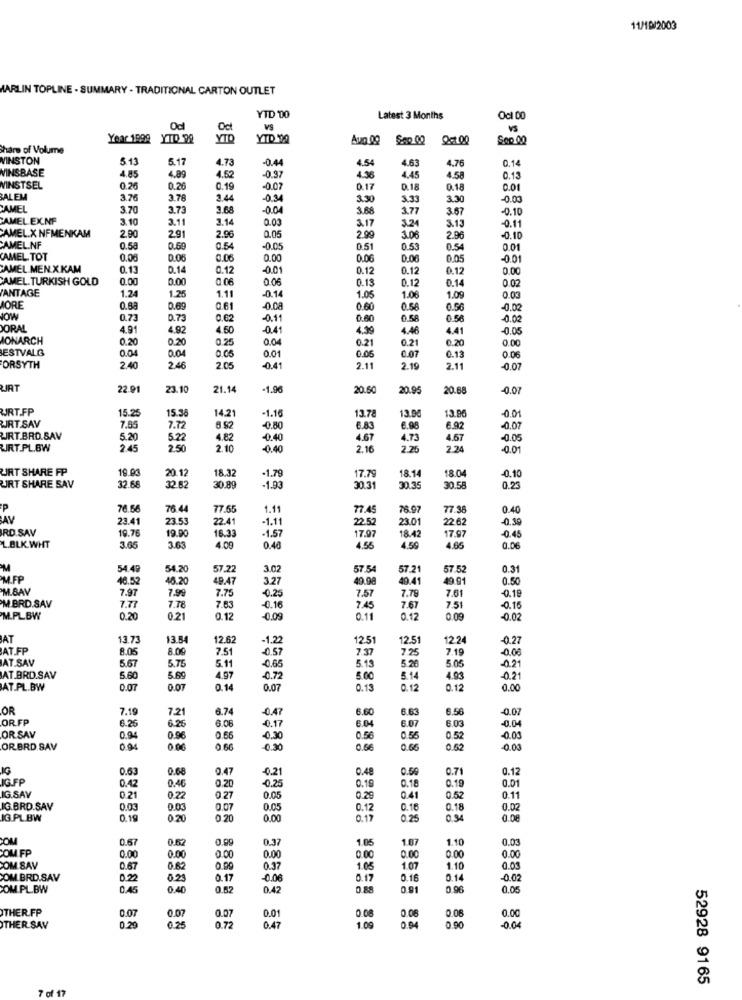
11/19/2003
MARLIN TOPLINE . SUMMARY . TRADITIONAL CARTON OUTLET
PO
YTD 00
Latest 3 Months
Oc1 00
Oct
VS
VS
Year 1999 YTD 92
YTD '90
Aug 00
Q=1 00
Sop 00
Share of Volume
WINSTON
3.13
5.17
4.73
-0.4
4.54
4.76
0.14
WINSBASE
4.85
4.89
4.52
4.63
-0.97
4.36
4.45
4.58
0.13
MINSTSEL
0.26
0.26
0.19
-0.07
0.17
D.18
0.18
0.01
BALEM
3.76
3.78
2.44
-0.34
3.30
3.33
3.30
-0.00
CAMEL
3.70
3.73
3.68
3.68
3.77
3.67
-0.10
CAMEL EXNF
3.10
3.11
3.14
0.03
3.13
-0.11
29
3.17
3.24
CAMEL.X NFMENKAM
2.90
2.96
0.05
2.99
3.06
2.96
-0.10
CAMEL.NF
0.58
0.59
0.54
0.05
0.51
0.53
0.54
001
CAMEL. TOT
0,06
0.06
0.06
0.00
0.06
0.06
0.05
-0.01
CAMEL.MEN.X.KAM
0.13
0.14
0.12
0.01
0.12
0.12
0.12
0.00
CAMEL. TURKISH GOLD
0.00
0.00
0.06
0.06
0.13
0.14
0.02
ANTAGE
0.12
1.24
1.25
1.11
-0.14
1.05
1.06
1.09
0.03
MORE
0.88
0.69
0.61
-0.08
0.60
0.58
0.56
-0.02
NOW
0.73
D.73
0.62
-0.11
0.60
0.58
0.56
0.02
ORAL
4.91
4.92
4.50
-0.41
4.39
4.46
4.41
-0.05
IONARCH
0.20
0.20
0.25
0.04
0.21
0.21
0.20
0.00
ESTVALG
0.04
0.04
0.05
0.01
0.05
0.07
0.13
0.06
FORSYTH
2.40
2.46
2.05
-0.41
2.11
2.19
2.11
-0.07
UIRT
22.91
23.10
21.14
-1.96
20.60
20.95
20.68
-0.07
RT.FP
15.25
15.38
14.21
-1.16
13.90
13.9
-0.01
13.78
RT.SAV
7.65
7.72
6.52
-0.80
6.83
6.98
6.92
-0.07
WIRT.BRO.SAV
5.20
5.22
4.82
-0.40
4.67
4.73
4.67
-0.05
URT.PL.BW
2.45
2.50
2.10
-0.40
2.16
2.25
2.24
-0.01
URT SHARE FP
18.32
18.14
18.0
19.03
20.12
-1.79
17.79
-0.10
URT SHARE SAV
32 68
32 82
30.89
-1.93
30.31
30.35
30.58
0.23
P
76.66
78 44
77.55
1.11
77.45
76.97
77.36
0.40
AV
23.41
23.53
22.41
-1.11
22.52
23.01
22 .62
-0.39
RD.SAV
19.76
19.90
17.97
-0.45
16.33
-1.57
17.97
18.42
L.BLK.WHT
3.65
3.63
4.09
0.48
4.55
4.59
4.65
0.06
54.49
54.20
57.22
3.02
57.54
57.21
57.5
0.31
M.FP
46.52
46.20
49.47
3.27
49.98
49.41
49.91
0.50
M.BAY
7.97
7.75
-0.25
7.57
7.61
7.99
7.78
-0.19
M.BRD.SAV
7.77
7.78
7.63
-0.16
7.45
7.67
7.51
-0.15
M.PL.BW
0.20
0.21
0.12
-0.09
0.11
0.12
0.09
-0.02
AT
13.73
13.54
12.62
-1.22
12.51
12.51
12.24
0.27
AT.FP
8.05
8.00
7.51
7.37
7.25
7.19
-0.00
AT.SAV
5.67
5.75
5.11
-0,65
5.15
5.20
5.05
-0.21
AT.BRD.SAV
5.60
5.69
4.97
-0.72
5.00
5.14
4.93
-0.21
AT.PL.BW
0.07
0.07
0.14
0.07
0.13
0.12
0.12
0.00
OR
7.19
7.21
6.74
-0.47
6.60
6.63
6.56
-0.07
OR FP
6.08
6.04
6.03
-0.04
6.26
6.25
-0.17
6.07
OR SAV
0.94
0.96
0.56
-0.30
0.56
0.55
0.52
-0.00
ORBRD.SAV
0.94
0.06
0.66
0.30
0.56
0.55
0.52
0.00
0.63
0.68
0.47
-0.21
0.48
0.50
0.71
0.12
IG.FF
0.42
0.01
0.46
0.20
-0.25
0.19
0.18
0.19
IG.SAV
0.21
0.2
0 27
0.05
0.29
0.41
0.52
0.11
IG.BRD.SAV
0.03
0.03
0.07
0.05
0.12
0.16
0.18
0.02
IG.PLBW
0.19
0.20
0.20
0.00
0.17
0.25
0.94
0.08
0.67
0.62
0.99
0.37
1.06
1.07
1.10
0.03
ZOM
OM FP
0.00
0.00
0.00
0.00
0.00
0.00
0.00
0.00
COM.SAV
0.67
0.62
0.09
0.37
1.05
1.07
1.10
0.03
COM BRD.SAV
0.22
0.23
0.17
-0.06
0.17
0.16
0.14
-0.02
COM .PL.BW
0.45
0.40
0.82
0.42
0.88
0.91
0.96
0.05
THER FP
0.07
0.07
0.07
0.01
0.08
0.08
0.08
0.00
THER SAY
0.29
0.25
0.72
0.47
1.09
0.04
0.90
-0.04
52928 9165
7 of 12